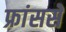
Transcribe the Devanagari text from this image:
फ्रांससे